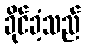
ခိုင်ခံ့သည်